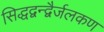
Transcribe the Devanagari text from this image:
सिद्धद्वन्द्वैर्जलकण